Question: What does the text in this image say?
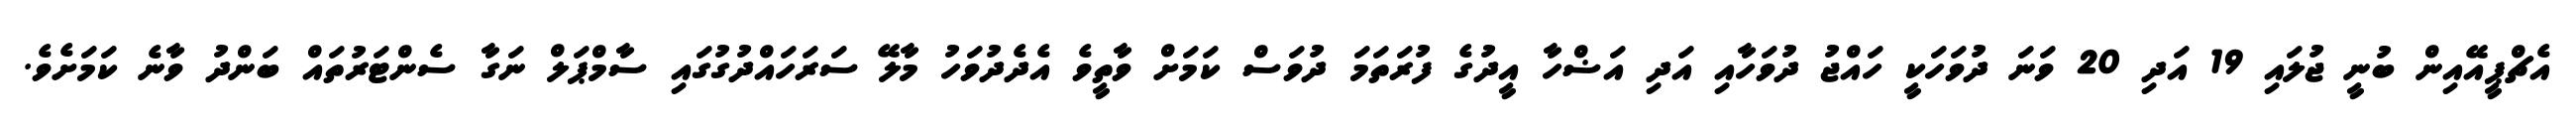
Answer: އެޗްޕީއޭއިން ބުނީ ޖުލައި 19 އަދި 20 ވަނަ ދުވަހަކީ ހައްޖު ދުވަހާއި އަދި އަޟްހާ އީދުގެ ފުރަތަމަ ދުވަސް ކަމަށް ވާތީވެ އެދެދުވަހު މާލޭ ސަރަހައްދުގުގައި ސާމްޕަލް ނަގާ ސެންޓަރުތައް ބަންދު ވާނެ ކަމަށެވެ.